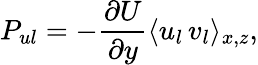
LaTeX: P_{ul}=-\frac{\partial U}{\partial y}\langle u_{l}\, v_{l}\rangle_{x,z},